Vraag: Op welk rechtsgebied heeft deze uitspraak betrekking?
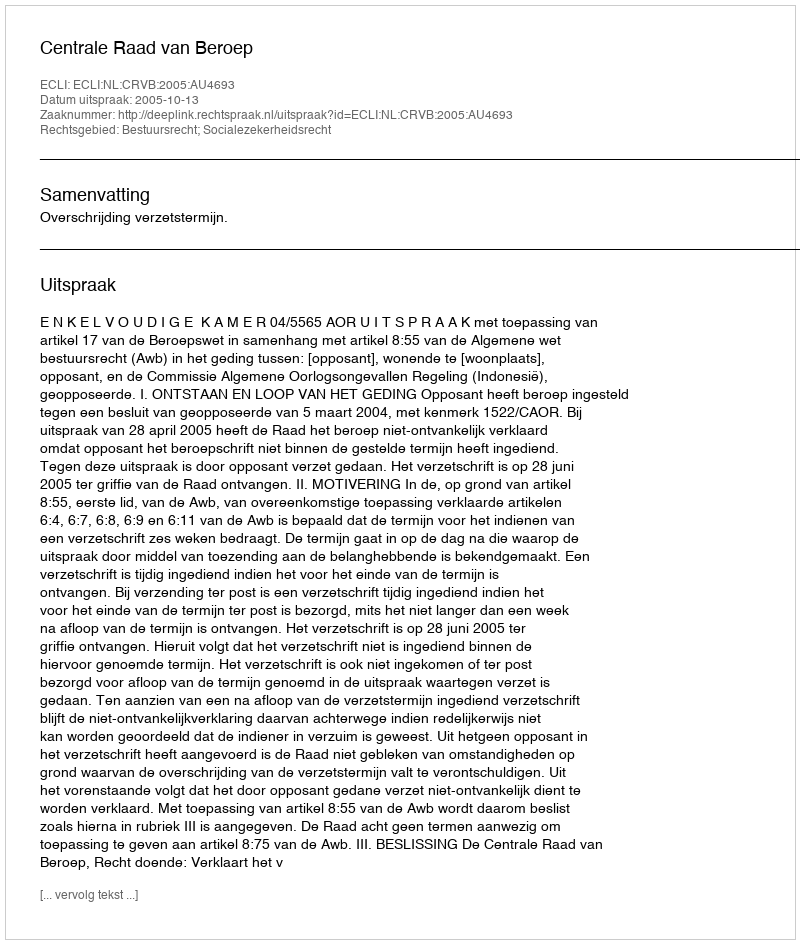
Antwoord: Bestuursrecht; Socialezekerheidsrecht